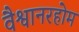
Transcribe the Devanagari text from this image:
वैश्वानरहोम